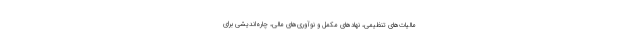
مالیات‌های تنظیمی، نهادهای مکمل و نوآوری‌های مالی، چاره‌اندیشی برای